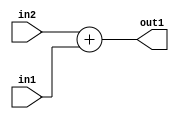
`timescale 1ps / 1ps
/*****************************************************************************
    Verilog RTL Description
    
    
    Created by: Stratus DpOpt 2019.1.01 
*******************************************************************************/

module feature_write_addr_gen_Add_32Ux1U_32U_1 (
	in2,
	in1,
	out1
	); /* architecture "behavioural" */ 
input [31:0] in2;
input  in1;
output [31:0] out1;
wire [31:0] asc001;

assign asc001 = 
	+(in2)
	+(in1);

assign out1 = asc001;
endmodule

/* CADENCE  ubDzTg0= : u9/ySgnWtBlWxVPRXgAZ4Og= ** DO NOT EDIT THIS LINE ******/